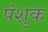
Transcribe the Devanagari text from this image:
पंशुक